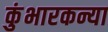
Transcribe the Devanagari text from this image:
कुंभारकन्या